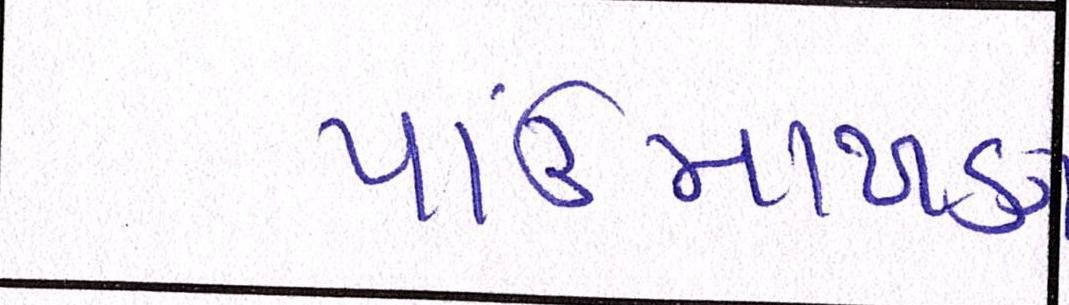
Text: પાઉં-માખણ